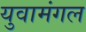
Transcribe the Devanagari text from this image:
युवामंगल